Sanitation, dispensaries and jails vaccination Rajputana 1922-1927 - 1922-1927
Year: 1922
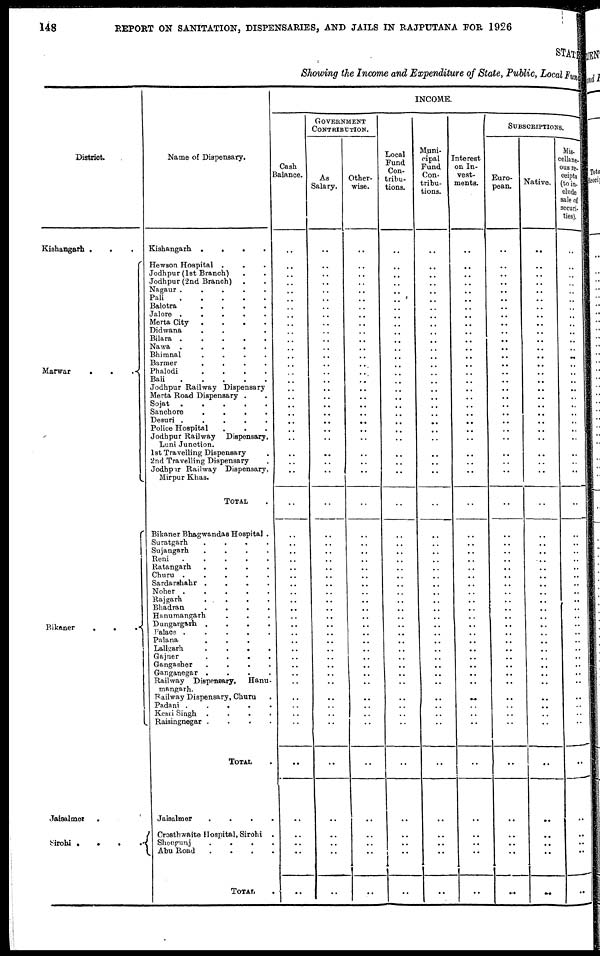
148
REPORT ON SANITATION, DISPENSARIES, AND JAILS IN RAJPUTANA FOR 1926
STATE
Showing the Income and Expenditure of State, Public, Local Fund
District.
Kishangarh . . .
Marwar
.
.
.
.
Bikaner
.
.
.
.
Jaisalmer . .
Sirobi . . . .
Name of Dispensary.
Kishangarh
.
.
.
.
.
Hewson Hospital . . . .
Jodhpur (1st Branch) . .
Jodhpur (2nd Branch) . .
Nagaur .
.
. .
Pali
.
.
.
.
Balotra
.
.
.
.
.
Jalore
.
.
.
.
.
Merta City
.
.
.
.
Didwana . . . .
Bilara
.
.
.
.
.
Nawa
.
.
.
.
.
Bhimnal
.
.
.
.
.
Barmer
.
.
.
.
.
.
Phalodi
.
.
.
.
.
Bali
.
.
.
.
.
Jodhpur Railway Dispensary
Merta Road Dispensary . .
Sojat
.
.
.
.
Sanchore . . . . . .
Desuri
.
.
.
.
.
Police Hospital . . .
Jodhpur Railway Dispensary,
Luni Junction.
1st Travelling Dispensary .
2nd Travelling Dispensary .
Jodhpur Railway Dispensary,
Mirpur Khas.
TOTAL .
Bikaner Bhagwandas Hospital .
Suratgarh
.
.
.
.
Sujangarh
.
.
.
.
Reni
.
.
.
.
.
Ratangarh
.
.
.
.
Churu
.
.
.
.
Sardarshahr . . . . .
Noher
.
.
.
.
Rajgarh . . . . .
Bhadran
.
.
.
.
.
Hanumangarh . . . .
Dungargarh
....
Palace
.....
Palana
Lallgarh
....
Gajner
.
.
Gangasber
.
Ganganegar .
Railway Dispensary,
Hanu-
mangarh.
Railway Dispensary, Churu
Padani . . . . .
Kesri Singh . . . . .
Raisingnegar . . . . .
TOTAL .
Jaisalmer . . . . .
Crosthwaite Hospital, Sirohi .
Sheoganj . . . . .
Abu Road . . . .
TOTAL .
INCOME.
Cash
Balance.
..
..
..
..
..
..
..
..
..
..
..
..
..
..
..
..
..
..
..
..
..
..
..
..
..
..
..
..
..
..
..
..
..
..
..
..
..
..
..
..
..
..
..
..
..
..
..
..
..
..
..
..
..
..
..
..
GOVERNMENT
CONTRIBUTION.
As
Salary.
..
..
..
..
..
..
..
..
..
..
..
..
..
..
..
..
..
..
..
..
..
..
..
..
..
..
..
..
..
..
..
..
..
..
..
..
..
..
..
..
..
..
..
..
..
..
..
..
..
..
..
..
..
..
..
..
Other-
wise.
..
..
..
..
..
..
..
..
..
..
..
..
..
..
..
..
..
..
..
..
..
..
..
..
..
..
..
..
..
..
..
..
..
..
..
..
..
..
..
..
..
..
..
..
..
..
..
..
..
..
..
..
..
..
..
..
Local
Fund
Con-
tribu-
tions.
..
..
..
..
..
..
..
..
..
..
..
..
..
..
..
..
..
..
..
..
..
..
..
..
..
..
..
..
..
..
..
..
..
..
..
..
..
..
..
..
..
..
..
..
..
..
..
..
..
..
..
..
..
..
..
..
Muni-
cipal
Fund
Con-
tribu-
tions.
..
..
..
..
..
..
..
..
..
..
..
..
..
..
..
..
..
..
..
..
..
..
..
..
..
..
..
..
..
..
..
..
..
..
..
..
..
..
..
..
..
..
..
..
..
..
..
..
..
..
..
..
..
..
..
..
Interest
on In-
vest-
ments.
..
..
..
..
..
..
..
..
..
..
..
..
..
..
..
..
..
..
..
..
..
..
..
..
..
..
..
..
..
..
..
..
..
..
..
..
..
..
..
..
..
..
..
..
..
..
..
..
..
..
..
..
..
..
..
..
SUBSCRIPTIONS.
Euro-
pean.
..
..
..
..
..
..
..
..
..
..
..
..
..
..
..
..
..
..
..
..
..
..
..
..
..
..
..
..
..
..
..
..
..
..
..
..
..
..
..
..
..
..
..
..
..
..
..
..
..
..
..
..
..
..
..
..
Native.
..
..
..
..
..
..
..
..
..
..
..
..
..
..
..
..
..
..
..
..
..
..
..
..
..
..
..
..
..
..
..
..
..
..
..
..
..
..
..
..
..
..
..
..
..
..
..
..
..
..
..
..
..
..
..
..
Mis-
cellane-
ous re-
ceipts
(to in-
clude
sale of
securi-
ties).
..
..
..
..
..
..
..
..
..
..
..
..
..
..
..
..
..
..
..
..
..
..
..
..
..
..
..
..
..
..
..
..
..
..
..
..
..
..
..
..
..
..
..
..
..
..
..
..
..
..
..
..
..
..
..
..